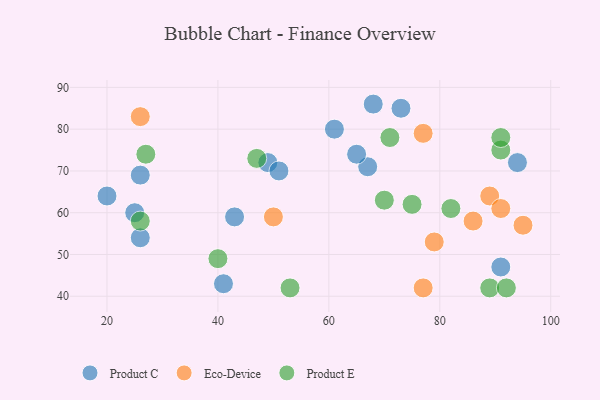
{"axis": {"x": "GDP", "y": "Life Expectancy"}, "legend": ["Eco-Device", "Product C", "Product E"], "data": [{"x": "26", "y": 69, "type": "Product C"}, {"x": "67", "y": 71, "type": "Product C"}, {"x": "91", "y": 47, "type": "Product C"}, {"x": "73", "y": 85, "type": "Product C"}, {"x": "25", "y": 60, "type": "Product C"}, {"x": "41", "y": 43, "type": "Product C"}, {"x": "26", "y": 54, "type": "Product C"}, {"x": "43", "y": 59, "type": "Product C"}, {"x": "61", "y": 80, "type": "Product C"}, {"x": "20", "y": 64, "type": "Product C"}, {"x": "49", "y": 72, "type": "Product C"}, {"x": "68", "y": 86, "type": "Product C"}, {"x": "94", "y": 72, "type": "Product C"}, {"x": "51", "y": 70, "type": "Product C"}, {"x": "65", "y": 74, "type": "Product C"}, {"x": "79", "y": 53, "type": "Eco-Device"}, {"x": "86", "y": 58, "type": "Eco-Device"}, {"x": "89", "y": 64, "type": "Eco-Device"}, {"x": "95", "y": 57, "type": "Eco-Device"}, {"x": "77", "y": 42, "type": "Eco-Device"}, {"x": "26", "y": 83, "type": "Eco-Device"}, {"x": "91", "y": 61, "type": "Eco-Device"}, {"x": "77", "y": 79, "type": "Eco-Device"}, {"x": "50", "y": 59, "type": "Eco-Device"}, {"x": "75", "y": 62, "type": "Product E"}, {"x": "91", "y": 75, "type": "Product E"}, {"x": "82", "y": 61, "type": "Product E"}, {"x": "53", "y": 42, "type": "Product E"}, {"x": "89", "y": 42, "type": "Product E"}, {"x": "47", "y": 73, "type": "Product E"}, {"x": "27", "y": 74, "type": "Product E"}, {"x": "91", "y": 78, "type": "Product E"}, {"x": "71", "y": 78, "type": "Product E"}, {"x": "26", "y": 58, "type": "Product E"}, {"x": "40", "y": 49, "type": "Product E"}, {"x": "92", "y": 42, "type": "Product E"}, {"x": "70", "y": 63, "type": "Product E"}]}